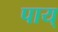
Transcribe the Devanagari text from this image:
पाय्